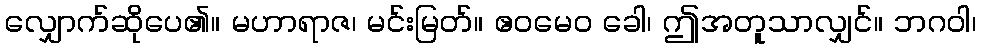
လျှောက်ဆိုပေ၏။ မဟာရာဇ၊ မင်းမြတ်။ ဧဝမေဝ ခေါ၊ ဤအတူသာလျှင်။ ဘဂဝါ၊